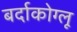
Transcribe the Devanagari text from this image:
बर्दाकोग्लू